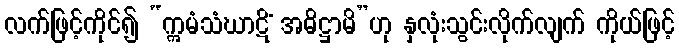
လက်ဖြင့်ကိုင်၍ “ဣမံသံဃာဋိံ အဓိဋ္ဌာမိ”ဟု နှလုံးသွင်းလိုက်လျက် ကိုယ်ဖြင့်